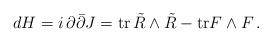
LaTeX: \begin{align*}dH = i \, \partial \bar \partial J = \hbox{tr} \, \tilde R \wedge \tilde R - \hbox{tr} F \wedge F\,.\end{align*}